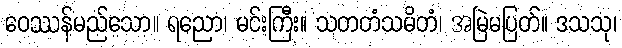
ဝေဿန်မည်သော။ ရညော၊ မင်းကြီး။ သတတံသမိတံ၊ အမြဲမပြတ်။ ဒသသု၊